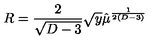
R = { \frac { 2 } { \sqrt { D - 3 } } } \sqrt y \hat { \mu } ^ { \frac { 1 } { 2 ( D - 3 ) } }